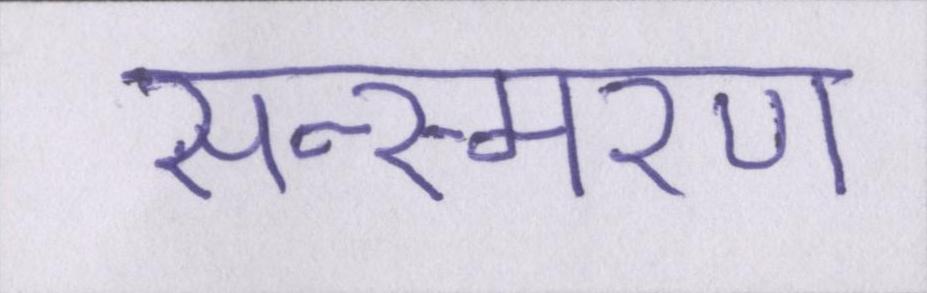
सन्स्मरण